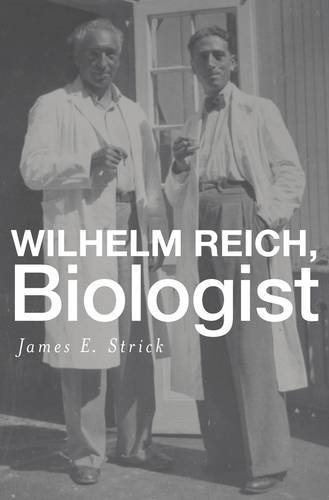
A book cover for Wilhelm Reich, Biologist; James E. Strick; Medical Books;